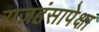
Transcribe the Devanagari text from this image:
राजहंसापेक्षा